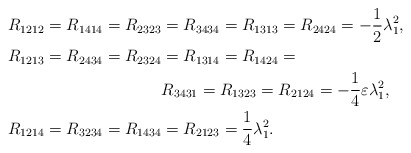
\begin{align*} R_{1212}=R_{1414}=R_{2323}&=R_{3434}=R_{1313}=R_{2424}=-\frac{1}{2}\lambda_{1}^{2},\\R_{1213}=R_{2434}=R_{2324}&=R_{1314}=R_{1424}=\\ &R_{3431}=R_{1323}=R_{2124}=-\frac{1}{4}\varepsilon\lambda_{1}^{2}, \\R_{1214}=R_{3234}=R_{1434}&=R_{2123}=\frac{1}{4}\lambda_{1}^{2}.\end{align*}